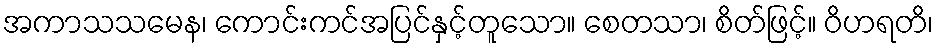
အကာသသမေန၊ ကောင်းကင်အပြင်နှင့်တူသော။ စေတသာ၊ စိတ်ဖြင့်။ ဝိဟရတိ၊